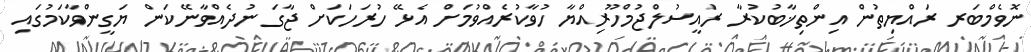
ނޮވެމްބަރ ރައްޔިތުން އިންތިޚާބުކުރާ ރައީސުލްޖުމްހޫރިއްޔާ ހުވާކުރެއްވުމަށް އެޅޭ ހުރަހަކަށް ޖާގަ ނުދެއްވާނޭކަން ޔަގީންވާކަމުގައި